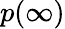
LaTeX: p(\infty)